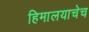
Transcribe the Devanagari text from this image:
हिमालयाचेच